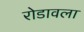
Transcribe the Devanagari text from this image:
रोडावला